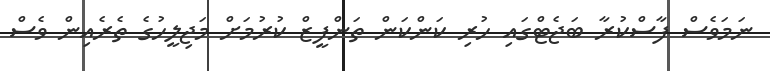
ނަމަވެސް ފާސްކުރާ ބަޖެޓްގައި ހުރި ކަންކަން ތަންފީޒް ކުރުމަށް މަޖިލީހުގެ ތެރެއިން ވެސް